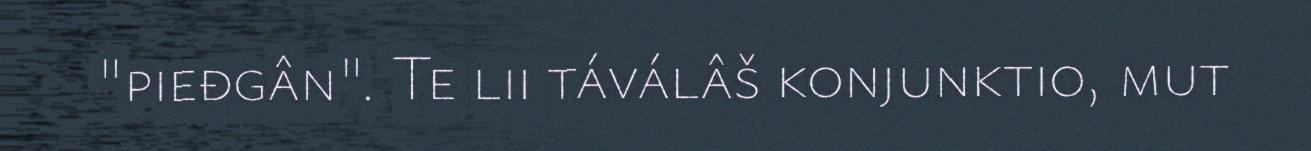
"pieđgân". Te lii táválâš konjunktio, mut